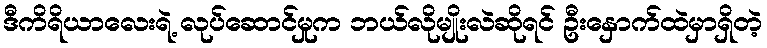
ဒီကိရိယာလေးရဲ့ လုပ်ဆောင်မှုက ဘယ်လိုမျိုးလဲဆိုရင် ဦးနှောက်ထဲမှာရှိတဲ့